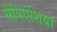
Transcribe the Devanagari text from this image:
सैपिएंशिया